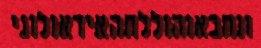
ונחבאוהוללתהאידאולוגי